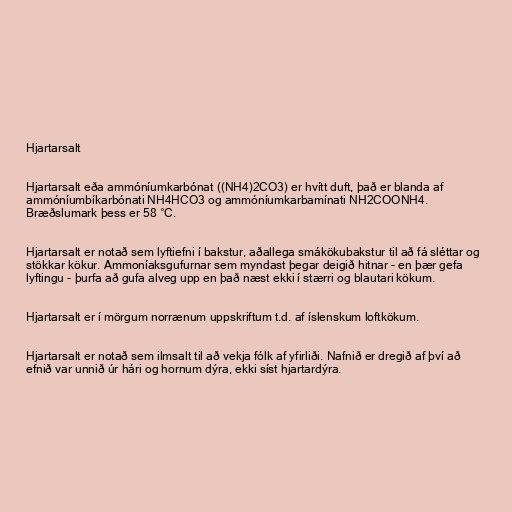
Hjartarsalt

Hjartarsalt eða ammóníumkarbónat ((NH4)2CO3) er hvítt duft, það er blanda af
ammóníumbíkarbónati NH4HCO3 og ammóníumkarbamínati NH2COONH4.
Bræðslumark þess er 58 °C.

Hjartarsalt er notað sem lyftiefni í bakstur, aðallega smákökubakstur til að fá sléttar og
stökkar kökur. Ammoníaksgufurnar sem myndast þegar deigið hitnar - en þær gefa
lyftingu - þurfa að gufa alveg upp en það næst ekki í stærri og blautari kökum.

Hjartarsalt er í mörgum norrænum uppskriftum t.d. af íslenskum loftkökum.

Hjartarsalt er notað sem ilmsalt til að vekja fólk af yfirliði. Nafnið er dregið af því að
efnið var unnið úr hári og hornum dýra, ekki síst hjartardýra.